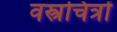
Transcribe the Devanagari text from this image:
वस्त्रचित्रों